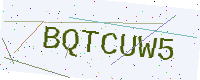
Text: BQTCUW5